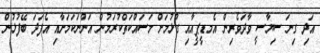
އަދި ގިނަ ސިޔާސީ ވާދަވެރިން އެމޑީޕީއާއި ގުޅުމަށް މަސައްކަތްކުރަމުން އަންނަކަމަށާއި އެފަދަ ބޭފުޅުން